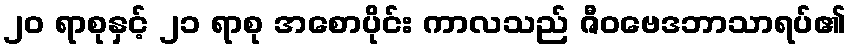
၂၀ ရာစုနှင့် ၂၁ ရာစု အစောပိုင်း ကာလသည် ဇီဝဗေဒဘာသာရပ်၏